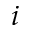
i